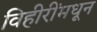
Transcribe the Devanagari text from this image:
विहीरींमधून